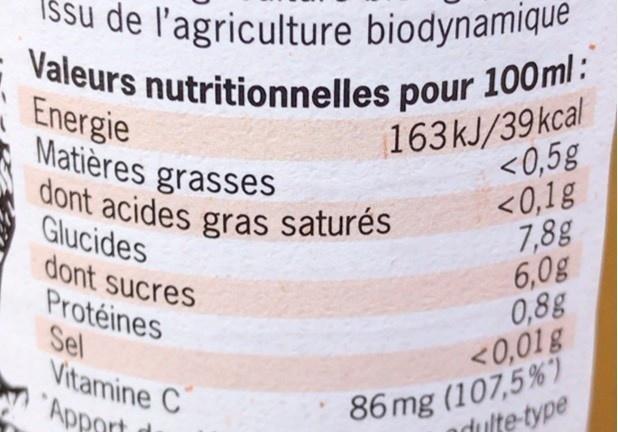
Išsu de l'agriculture biodynamique Valeurs nutritionnelles pour 100ml:
Energie Matières grasses dont acides gras saturés
163kJ/39kcal
<0,5g <0,1g 7,8g 6,0g 0,8g
Glucides dont sucres Protéines Sel Vitamine C "Apport
<0,01g
86 mg (107,5 %") dulte-type